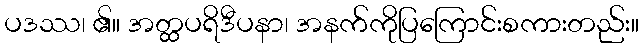
ပဒဿ၊ ၏။ အတ္ထပရိဒီပနာ၊ အနက်ကိုပြကြောင်းစကားတည်း။